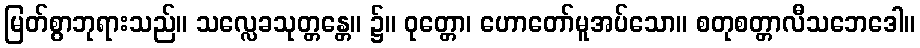
မြတ်စွာဘုရားသည်။ သလ္လေခသုတ္တန္တေ။ ၌။ ဝုတ္တော၊ ဟောတော်မူအပ်သော။ စတုစတ္တာလီသဘေဒေါ။